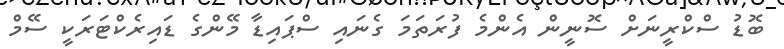
ބޮޑު ސްކްރީނަށް ސޮނީން އެންމެ ފުރަތަމަ ގެނައި ސްޕައިޑާ މޭންގެ ޑައިރެކްޓަރަކީ ސޭމް